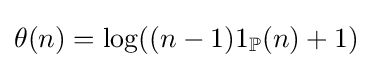
\theta (n)=\log((n-1)1_{\mathbb {P} }(n)+1)